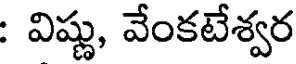
: విష్ణు, వేంకటేశ్వర